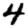
Digit: 4